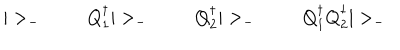
| > _ { - } \; \qquad Q _ { 1 } ^ { \dagger } | > _ { - } \; \qquad Q _ { 2 } ^ { \dagger } | > _ { - } \; \qquad Q _ { 1 } ^ { \dagger } Q _ { 2 } ^ { \dagger } | > _ { - }